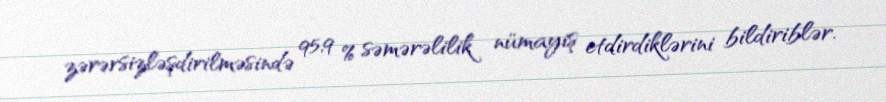
zərərsizləşdirilməsində 95,9 % səmərəlilik nümayiş etdirdiklərini bildiriblər.